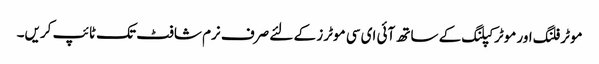
موٹر فلنگ اور موٹر کپلنگ کے ساتھ آئی ای سی موٹرز کے لئے صرف نرم شافٹ تک ٹائپ کریں۔